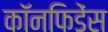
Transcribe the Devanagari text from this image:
कॉनफिडेंस